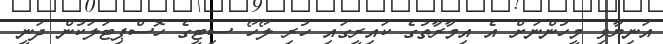
އަނިޔާވި މީހުންނަށް އެ އިމާރާތުގެ ކައިރީގައި ހުރި ލޯހޯ ސިޓީގެ ހޮސްޕިޓަލަކުން ދަނީ